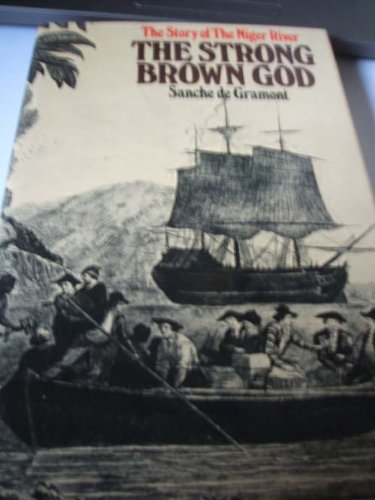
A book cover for Strong Brown God: Story of the Niger River; Sanche De Gramont; Travel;